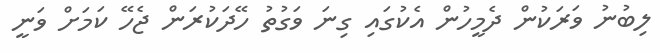
ލިބުނު ވަރަކުން ދެމީހުން އެކުގައި ގިނަ ވަގުތު ހޭދަކުރަން ޖެހޭ ކަމަށް ވަނީ